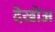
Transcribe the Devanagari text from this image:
देखोअ